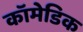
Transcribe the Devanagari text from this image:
कॉमेडिक